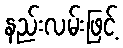
နည်းလမ်းဖြင့်